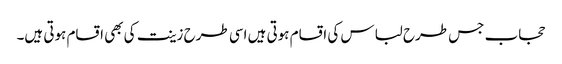
حجاب جس طرح لباس کی اقسام ہوتی ہیں اسی طرح زینت کی بھی اقسام ہوتی ہیں۔